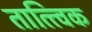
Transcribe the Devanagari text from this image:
तात्‍त्‍विक